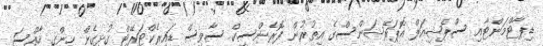
ޑިޕާޓްމަންޓާއި ސްޕެޝިއަލް އޮޕަރޭޝަންސްގެ އިތުރުން ފޮރެންސިކް ސާވިސް ޑައިރެކްޓަރޭޓް ގުޅިގެން ހިންގި ހާއްސަ